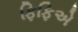
ફિફિએ